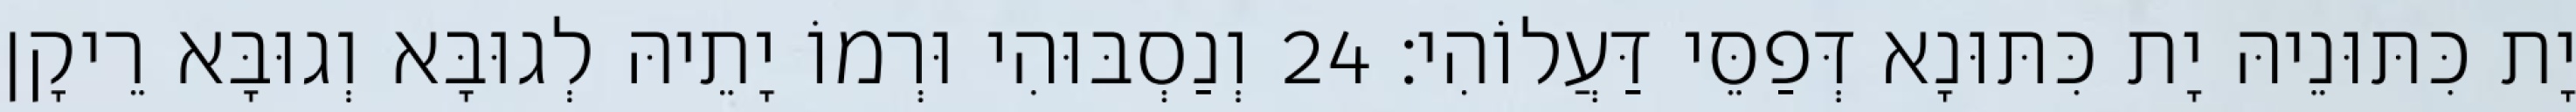
יָת כִּתּוּנֵיהּ יָת כִּתּוּנָא דְּפַסֵּי דַּעֲלוֹהִי׃ 24 וְנַסְבּוּהִי וּרְמוֹ יָתֵיהּ לְגוּבָּא וְגוּבָּא רֵיקָן